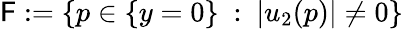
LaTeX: \mathsf{F}:=\{ p\in\{ y=0\} \ :\ |u_{2}(p)|\neq 0\}